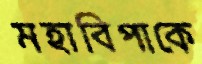
মহাবিপাকে